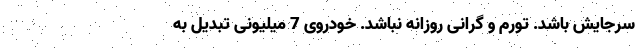
سرجایش باشد. تورم و گرانی روزانه نباشد. خودروی 7 میلیونی تبدیل به